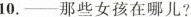
10.-那些女孩在哪儿?